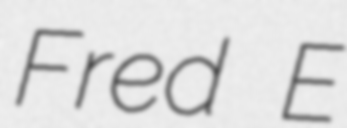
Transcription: Fred E